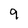
Character: 9